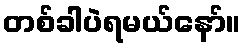
တစ်ခါပဲရမယ်နော်။